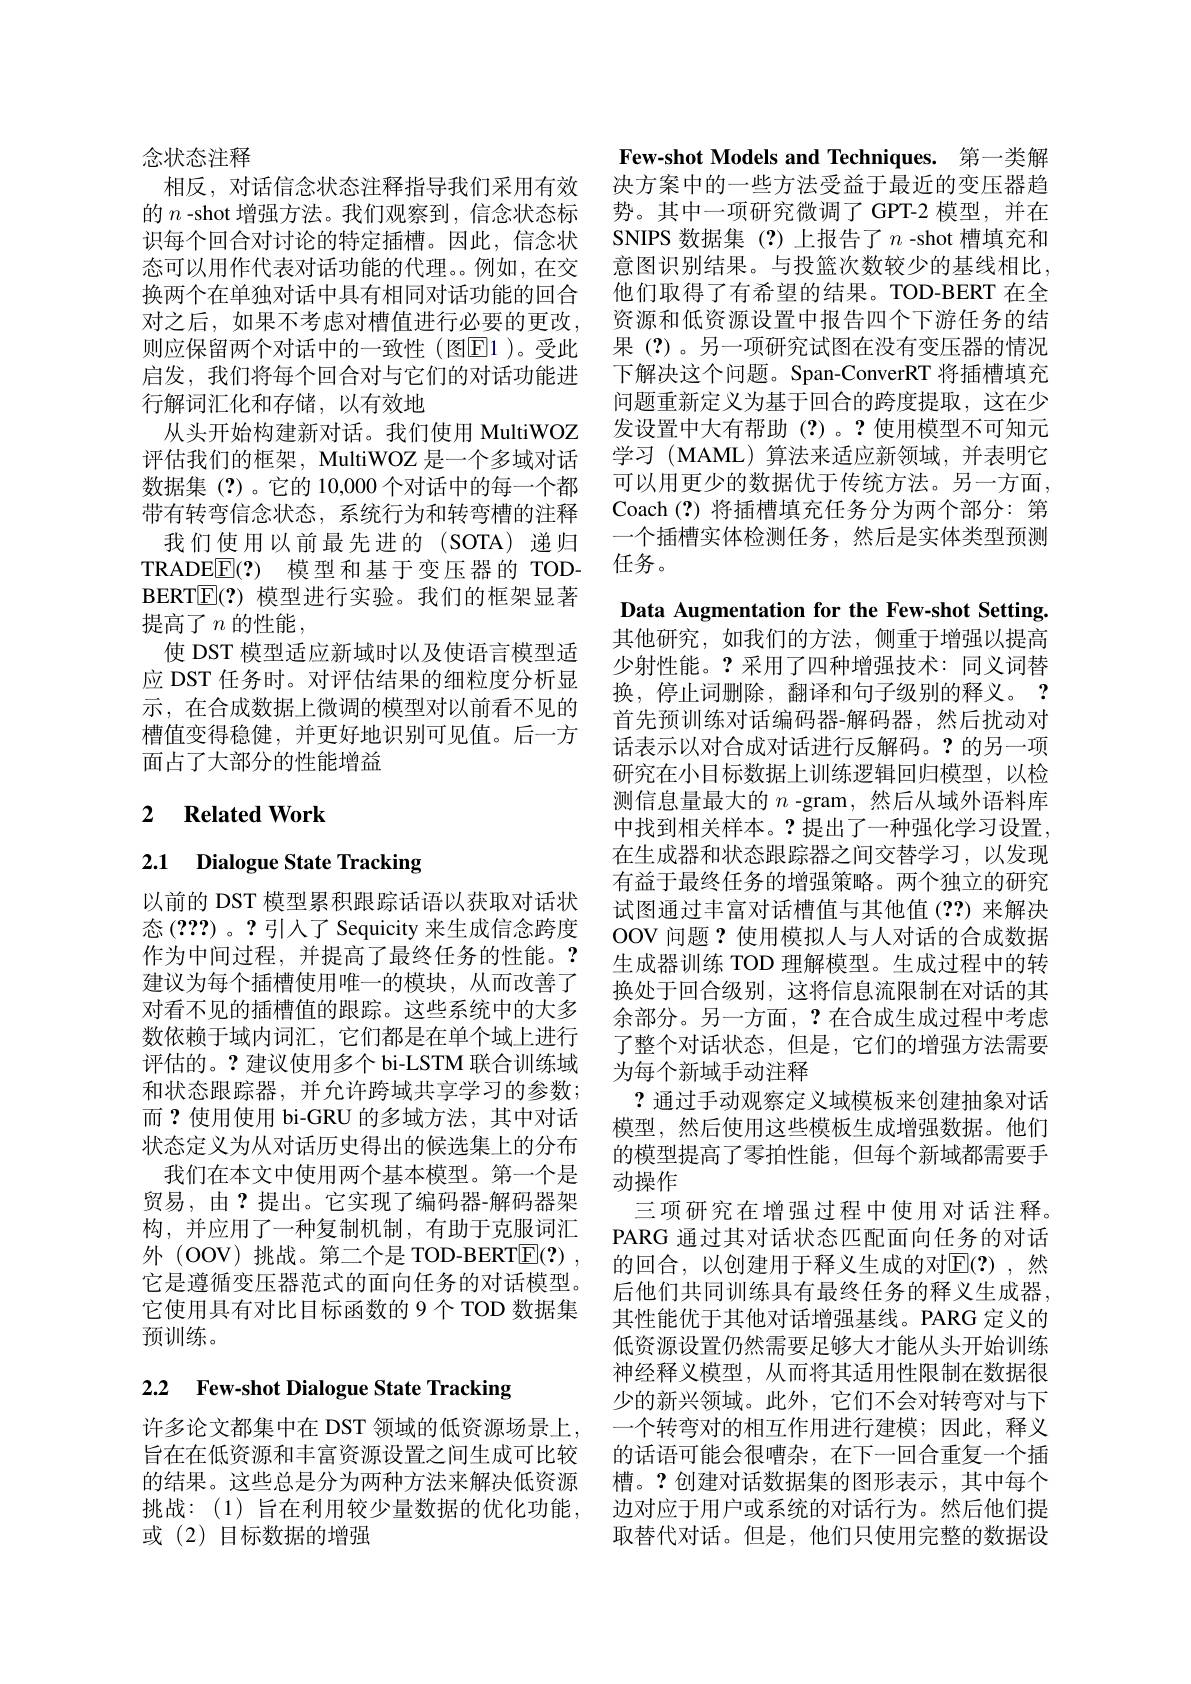
念状态注释
相反，对话信念状态注释指导我们采用有效识每个回合对讨论的特定插槽。因此，信念状态可以用作代表对话功能的代理。例如，在交换两个在单独对话中具有相同对话功能的回合对之后，如果不考虑对槽值进行必要的更改， 则应保留两个对话中的一致性(图E|1 )。受此启发，我们将每个回合对与它们的对话功能进行解词汇化和存储，以有效地
从头开始构建新对话。我们使用 MultiWOZ 评估我们的框架，MultiWOZ 是一个多域对话数据集(?)。它的 10,000个对话中的每一个都带有转弯信念状态，系统行为和转弯槽的注释
我们使用以前最先进的(SOTA)递归TRADE$\boxed{\mathrm{F} }( ? )$ 模型和基于变压器的 TODBERT$\mathbb{E}(?)$模型进行实验。我们的框架显著提高了$n$的性能，
使 DST 模型适应新域时以及使语言模型适应 DST 任务时。对评估结果的细粒度分析显示，在合成数据上微调的模型对以前看不见的槽值变得稳健，并更好地识别可见值。后一方面占了大部分的性能增益

## 2 $\textbf{Related Work}$

2.1 Dialogue State Tracking

以前的 DST 模型累积跟踪话语以获取对话状态(???)。?引入了 Sequicity 来生成信念跨度作为中间过程，并提高了最终任务的性能。? 建议为每个插槽使用唯一的模块，从而改善了对看不见的插槽值的跟踪。这些系统中的大多数依赖于域内词汇，它们都是在单个域上进行评估的。?建议使用多个 bi-LSTM 联合训练域和状态跟踪器，并允许跨域共享学习的参数； 而？使用使用 bi-GRU 的多域方法，其中对话状态定义为从对话历史得出的候选集上的分布
我们在本文中使用两个基本模型。第一个是贸易，由？提出。它实现了编码器-解码器架构，并应用了一种复制机制，有助于克服词汇外 (OOV) 挑战。第二个是 TOD-BERT$\underline {\mathrm{E} }( ? )$ , 它是遵循变压器范式的面向任务的对话模型。它使用具有对比目标函数的 9个 TOD 数据集预训练。

# 2.2 Few-shot Dialogue State Tracking

或(2)目标数据的增强

Few-shot Models and Techniques. 第一类解决方案中的一些方法受益于最近的变压器趋
的$n$ -shot 增强方法。我们观察到，信念状态标 势。其中一项研究微调了 GPT-2 模型，并在
SNIPS 数据集(?)上报告了$n$ -shot 槽填充和意图识别结果。与投篮次数较少的基线相比， 他们取得了有希望的结果。TOD-BERT 在全资源和低资源设置中报告四个下游任务的结果 (?)。另一项研究试图在没有变压器的情况下解决这个问题。Span-ConverRT 将插槽填充问题重新定义为基于回合的跨度提取，这在少发设置中大有帮助(?)。?使用模型不可知元学习 (MAML)算法来适应新领域，并表明它可以用更少的数据优于传统方法。另一方面， Coach(?)将插槽填充任务分为两个部分：第一个插槽实体检测任务，然后是实体类型预测任务。

Data Augmentation for the Few-shot Setting. 其他研究，如我们的方法，侧重于增强以提高少射性能。?采用了四种增强技术：同义词替换，停止词删除，翻译和句子级别的释义。? 首先预训练对话编码器-解码器，然后扰动对话表示以对合成对话进行反解码。?的另一项研究在小目标数据上训练逻辑回归模型，以检测信息量最大的$n$ -gram,然后从域外语料库中找到相关样本。?提出了一种强化学习设置， 在生成器和状态跟踪器之间交替学习，以发现有益于最终任务的增强策略。两个独立的研究试图通过丰富对话槽值与其他值(??)来解决OOV 问题？使用模拟人与人对话的合成数据生成器训练 TOD 理解模型。生成过程中的转换处于回合级别，这将信息流限制在对话的其余部分。另一方面，?在合成生成过程中考虑了整个对话状态，但是，它们的增强方法需要为每个新域手动注释
?通过手动观察定义域模板来创建抽象对话模型，然后使用这些模板生成增强数据。他们的模型提高了零拍性能，但每个新域都需要手动操作
三项研究在增强过程中使用对话注释。PARG 通过其对话状态匹配面向任务的对话的回合，以创建用于释义生成的对E(?),然后他们共同训练具有最终任务的释义生成器。其性能优于其他对话增强基线。PARG 定义的低资源设置仍然需要足够大才能从头开始训练神经释义模型，从而将其适用性限制在数据很少的新兴领域。此外，它们不会对转弯对与下
许多论文都集中在 DST 领域的低资源场景上，一个转弯对的相互作用进行建模；因此，释义旨在在低资源和丰富资源设置之间生成可比较 的话语可能会很嘈杂，在下一回合重复一个插的结果。这些总是分为两种方法来解决低资源 槽。?创建对话数据集的图形表示，其中每个挑战：(1)旨在利用较少量数据的优化功能，边对应于用户或系统的对话行为。然后他们提
取替代对话。但是，他们只使用完整的数据设